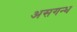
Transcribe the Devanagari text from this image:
असगन्ध